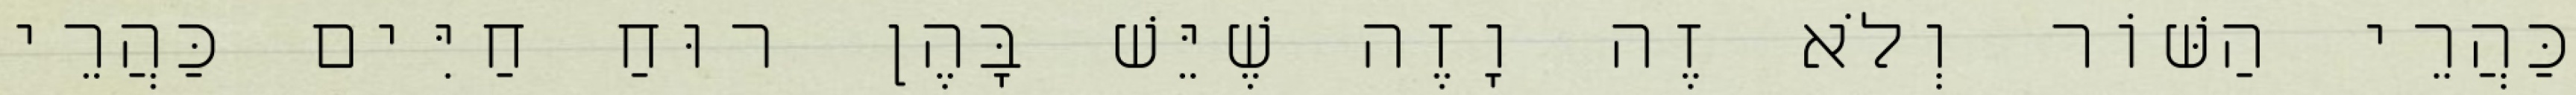
כַּהֲרֵי הַשּׁוֹר וְלֹא זֶה וָזֶה שֶׁיֵּשׁ בָּהֶן רוּחַ חַיִּים כַּהֲרֵי